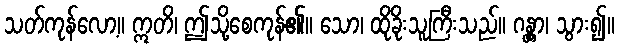
သတ်ကုန်လော့။ ဣတိ၊ ဤသို့စေကုန်၏။ သော၊ ထိုခိုးသူကြီးသည်။ ဂန္တွာ၊ သွား၍။